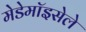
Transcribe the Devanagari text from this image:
मेडेमॉइसेले